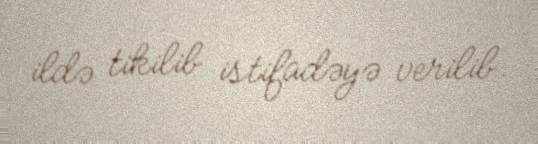
ildə tikilib istifadəyə verilib.